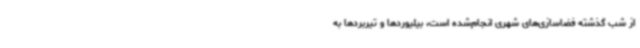
از شب گذشته فضاسازی‌های شهری انجام‌شده است، بیلیوردها و تیربردها به